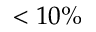
< 1 0 \%